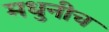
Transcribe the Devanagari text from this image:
मधुनीच